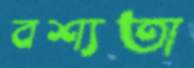
বশ্যতা